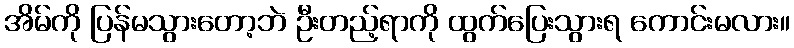
အိမ်ကို ပြန်မသွားတော့ဘဲ ဦးတည့်ရာကို ထွက်ပြေးသွားရ ကောင်းမလား။